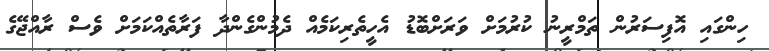
ހިންގައި އޮފިސަރުން ތަމްރީނު ކުރުމަށް ވަރަށްބޮޑު އެހީތެރިކަމެއް ދެމުންގެންދާ ފަރާތެއްކަމަށް ވެސް ރާއްޖޭގެ